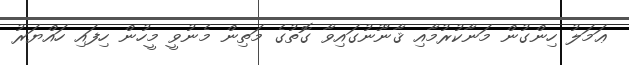
ޢަމަލު ހިންގުން މަނާކުރުމާއި ޤާނޫނުގައިވާ ގޮތުގެ މަތިން މެނުވީ މީހުން ހިފައި ހައްޔަރު